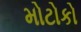
મોટોકો